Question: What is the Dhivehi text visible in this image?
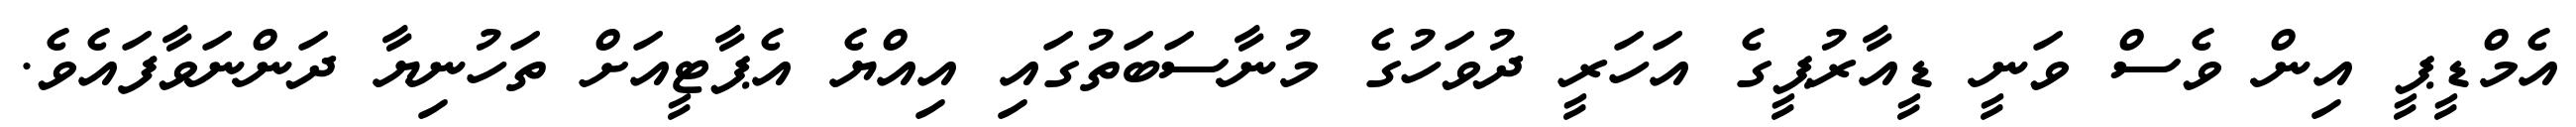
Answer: އެމްޑީޕީ އިން ވެސް ވަނީ ޑީއާރުޕީގެ އަހަރީ ދުވަހުގެ މުނާސަބަތުގައި އިއްޔެ އެޕާޓީއަށް ތަހުނިޔާ ދަންނަވާފައެވެ.